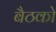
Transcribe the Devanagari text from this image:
बैठको